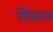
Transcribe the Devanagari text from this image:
पौव्रात्य